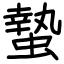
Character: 蟄